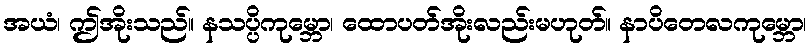
အယံ၊ ဤအိုးသည်။ နသပ္ပိကုမ္ဘော၊ ထောပတ်အိုးလည်းမဟုတ်။ နာပိတေလကုမ္ဘော၊